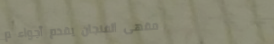
مقهى الفنجان يقدم أجواء م